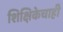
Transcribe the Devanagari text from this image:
शिक्षिकेचाही